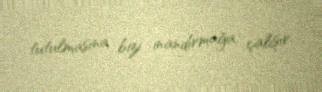
tutulmasına bizi inandırmağa çalışır.